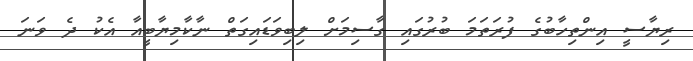
ރިޔާސީ އިންތިހާބުގެ ފުރަތަމަ ބުރުގައި ގާސިމަށް ލިބިވަޑައިގަތް ނާކާމިޔާބީއާ އެކު ދެ ވަނަ